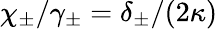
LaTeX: \chi_{\pm}/\gamma_{\pm}=\delta_{\pm}/(2\kappa)